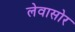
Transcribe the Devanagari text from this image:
लेवासोर